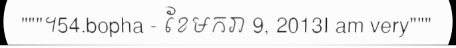
"""។54.bopha - ខែមករា 9, 2013I am very"""